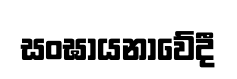
සංඝායනාවේදී